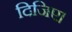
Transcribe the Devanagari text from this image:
दिजिए।